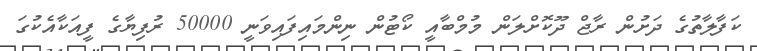
ކަފާލާތުގެ ދަށުން ރާޖް ދޫކޮށްލަން މުމްބާއީ ކޯޓުން ނިންމައިފައިވަނީ 50000 ރުފިޔާގެ ފީއަކާއެކުގަ